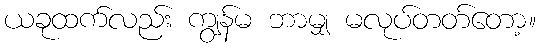
ယခုထက်လည်း ကျွန်မ ဘာမျှ မလုပ်တတ်တော့။